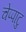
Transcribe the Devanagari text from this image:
चेप्पाटु